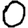
Digit: 0